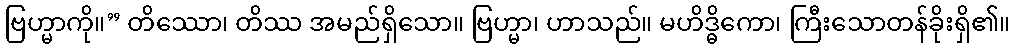
ဗြဟ္မာကို။” တိဿော၊ တိဿ အမည်ရှိသော။ ဗြဟ္မာ၊ ဟာသည်။ မဟိဒ္ဓိကော၊ ကြီးသောတန်ခိုးရှိ၏။